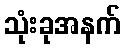
သုံးခုအနက်